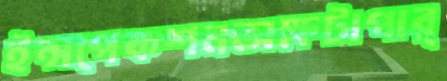
ইন্সপেকশনঅক্ষটাপার্